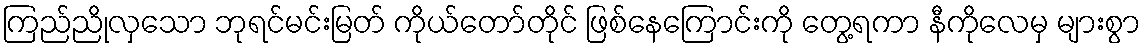
ကြည်ညိုလှသော ဘုရင်မင်းမြတ် ကိုယ်တော်တိုင် ဖြစ်နေကြောင်းကို တွေ့ရကာ နီကိုလေမှ များစွာ